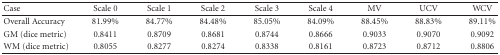
<table><thead><tr><td><b> Case</b></td><td><b> Scale 0</b></td><td><b> Scale 1</b></td><td><b> Scale 2</b></td><td><b> Scale 3</b></td><td><b> Scale 4</b></td><td><b> MV</b></td><td><b> UCV</b></td><td><b> WCV</b></td></tr></thead><tbody><tr><td> Overall Accuracy</td><td> 81.99%</td><td> 84.77%</td><td> 84.48%</td><td> 85.05%</td><td> 84.09%</td><td> 88.45%</td><td> 88.83%</td><td> 89.11%</td></tr><tr><td> GM (dice metric)</td><td> 0.8411</td><td> 0.8709</td><td> 0.8681</td><td> 0.8744</td><td> 0.8666</td><td> 0.9033</td><td> 0.9070</td><td> 0.9092</td></tr><tr><td> WM (dice metric)</td><td> 0.8055</td><td> 0.8277</td><td> 0.8274</td><td> 0.8338</td><td> 0.8161</td><td> 0.8723</td><td> 0.8712</td><td> 0.8806</td></tr></tbody></table>